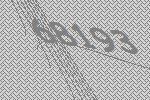
68193